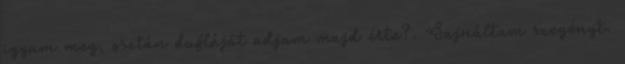
igyam meg, osztán dufláját adjam majd érte?. Sajnáltam szegényt.